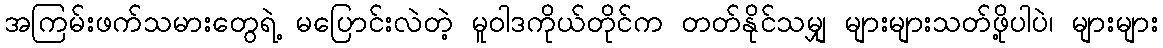
အကြမ်းဖက်သမားတွေရဲ့ မပြောင်းလဲတဲ့ မူဝါဒကိုယ်တိုင်က တတ်နိုင်သမျှ များများသတ်ဖို့ပါပဲ၊ များများ